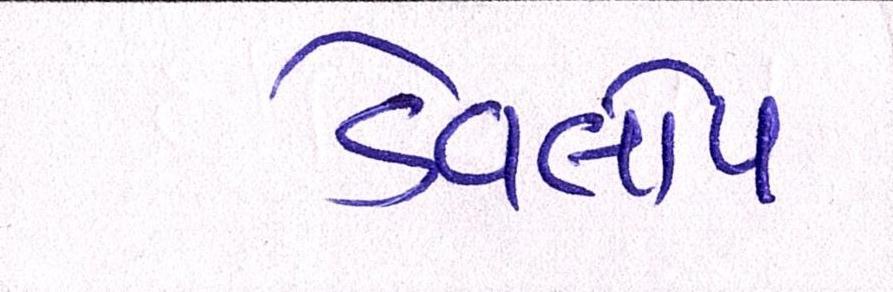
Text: ડેવલોપ